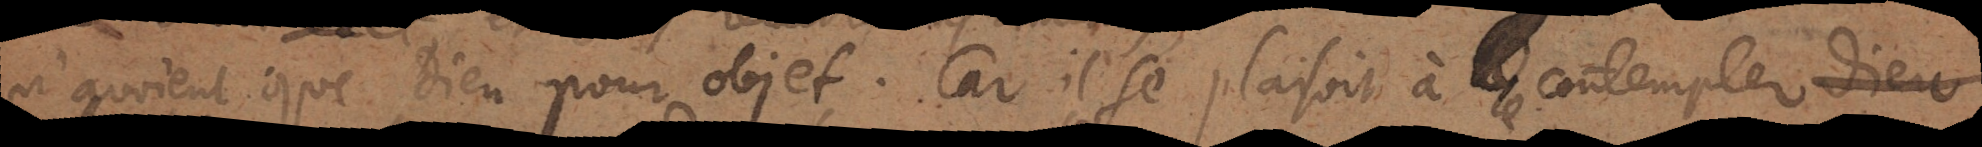
n’avoient que Dieu pour objet. Car il se plaisait à le contempler Dieu